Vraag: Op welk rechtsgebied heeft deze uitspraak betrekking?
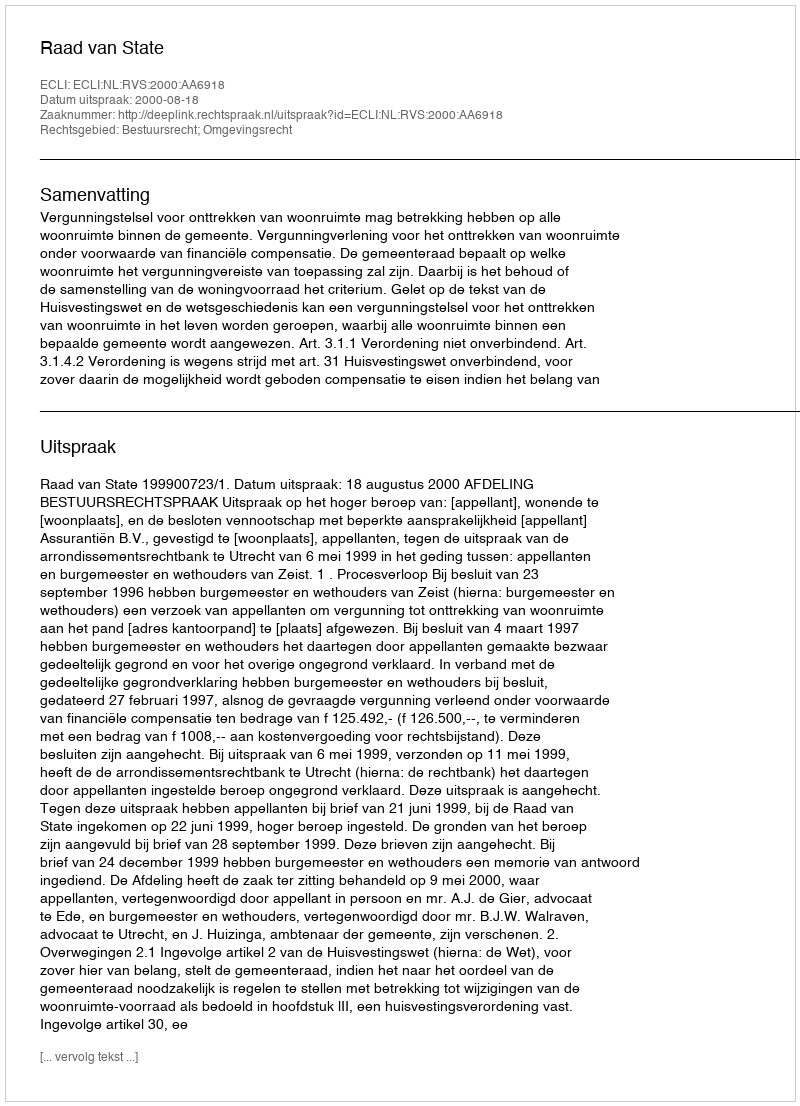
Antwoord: Bestuursrecht; Omgevingsrecht